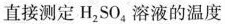
直接测定H_{2}SO_{4}溶液的温度